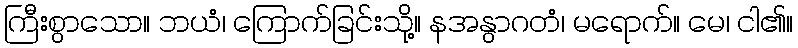
ကြီးစွာသော။ ဘယံ၊ ကြောက်ခြင်းသို့။ နအနွာဂတံ၊ မရောက်။ မေ၊ ငါ၏။